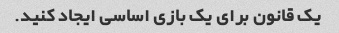
یک قانون برای یک بازی اساسی ایجاد کنید.